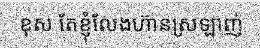
ខុស តែខ្ញុំលែងហ៊ានស្រឡាញ់